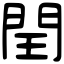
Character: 閏